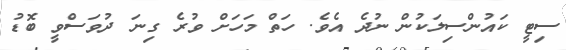
ސިޓީ ކައުންސިލަކުން ނުދެ އެވެ. ހަތް މަހަށް ވުރެ ގިނަ ދުވަސްވީ ބޮޑު